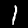
Digit: 1